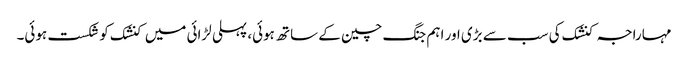
مہاراجہ کنشک کی سب سے بڑی اور اہم جنگ چین کے ساتھ ہوئی، پہلی لڑائی میں کنشک کو شکست ہوئی۔